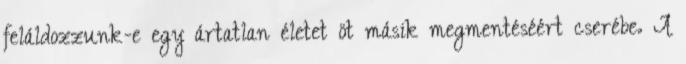
feláldozzunk-e egy ártatlan életet öt másik megmentéséért cserébe. A